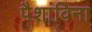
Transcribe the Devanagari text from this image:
पैशांविना